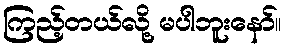
ကြည့်တယ်လို့ မပါဘူးနော်။